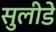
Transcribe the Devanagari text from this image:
सुलीडे